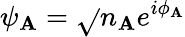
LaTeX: \psi_{\mathbf{A}}={\sqrt{}{{n_{\mathbf{A}}}}}e^{i\phi_{\mathbf{A}}}